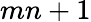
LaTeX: mn+1